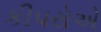
કીપરોએ